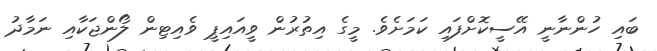
ބައި ހުންނާނީ އޭސީކޮށްފައި ކަމަށެވެ. މީގެ އިތުރުން ވީއައިޕީ ވެއިޓިން ލޯންޖަކާއި ނަމާދު